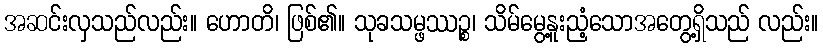
အဆင်းလှသည်လည်း။ ဟောတိ၊ ဖြစ်၏။ သုခသမ္ဖဿဉ္စ၊ သိမ်မွေ့နူးညံ့သောအတွေ့ရှိသည် လည်း။